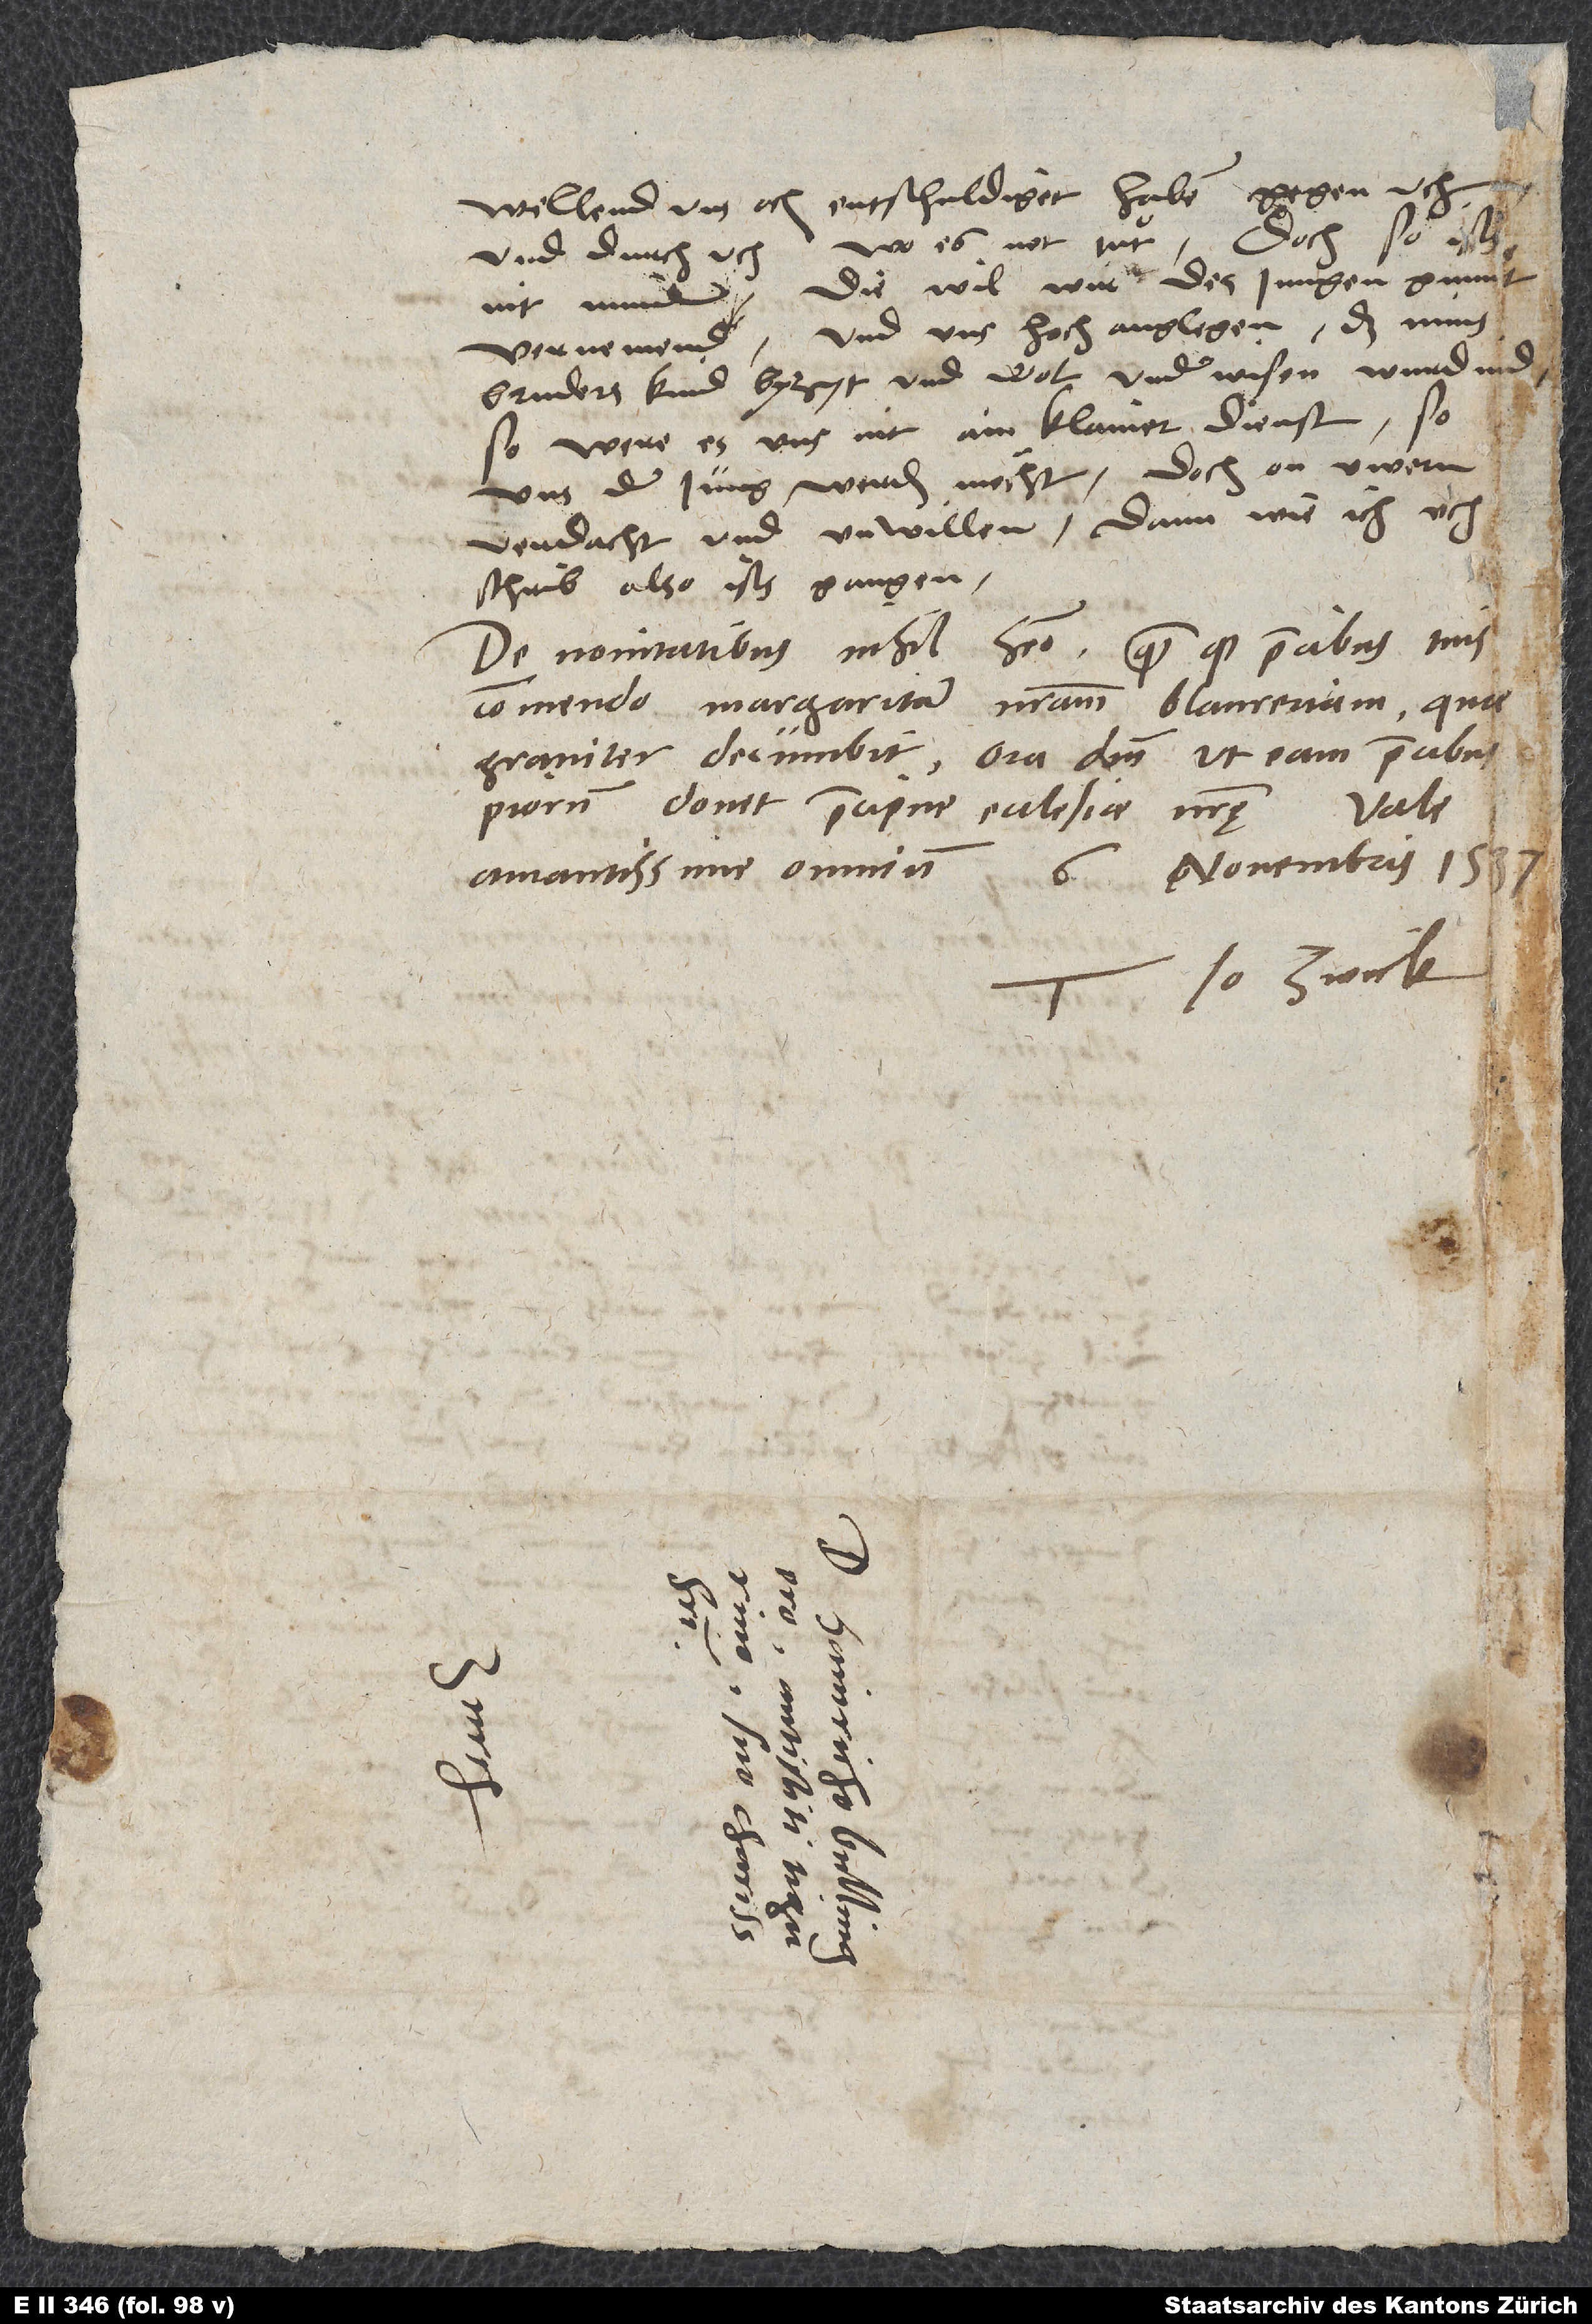
wellend uns och entschuldiget haben gegen uch
Doch so ists
und durch uch, wo es not tuͦt.
nit minder die wil wir des, jungen gunn
vernemend und uns hoch anglegen, das mins
bruders kind byzyt und wol underwisen wurdi,
so were es uns nit ain klainer dienst, so
uns der jung werden möcht doch on, uwern
verdacht und unwillen, dann wie ich uch
schrib, also ists gangen.
De novitatibus nihil habeo, quam quod precibus tuis
commendo Margaritam nostram Blaureriam, qua
graviter decumbit. Ora dominum, ut eam precibus
piorum donet, praecipue ecclesiae nostrę.
novembris 15.
amantissime omnium.
Tuus Io. Zvick.
S.